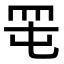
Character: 𦊉